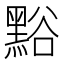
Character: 𪑌